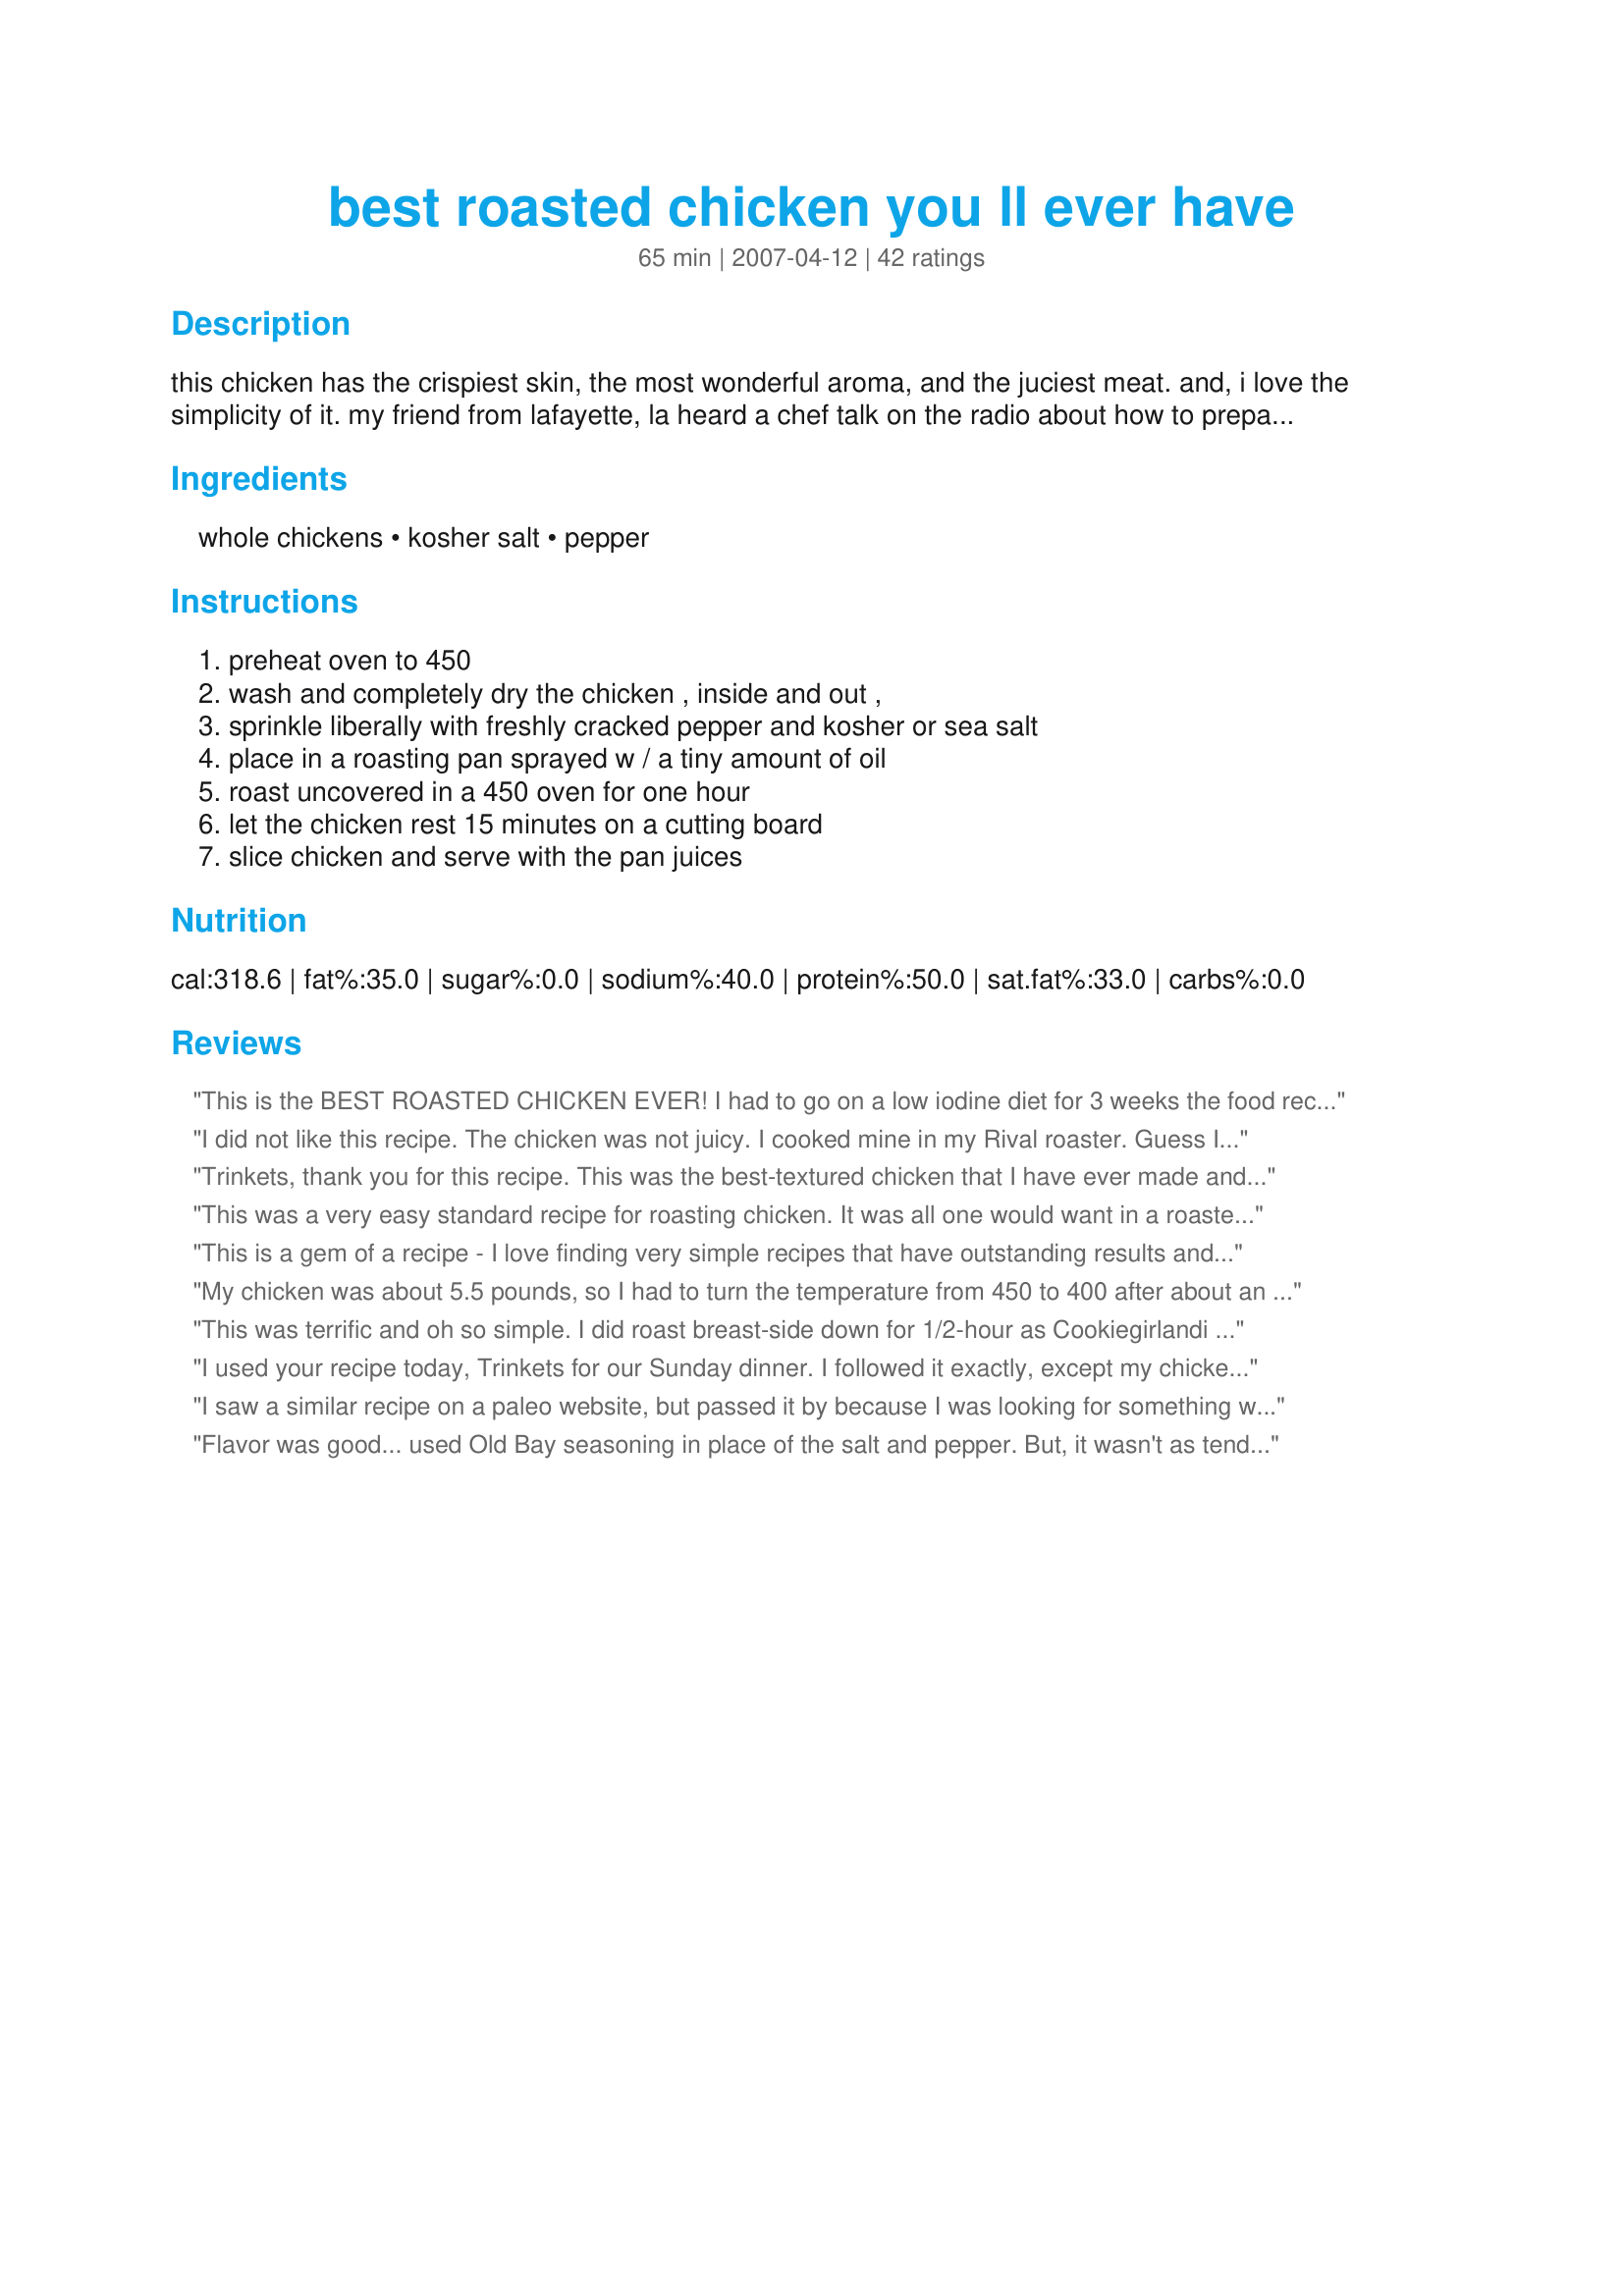
best roasted chicken you ll ever have
Preparation time: 65 minutes

this chicken has the crispiest skin, the most wonderful aroma, and the juciest meat. and, i love the simplicity of it. my friend from lafayette, la heard a chef talk on the radio about how to prepare his favorite roasted chicken and she called me with the directions. we don't know the name of the chef, sorry. but whoever he is, this really is fantastic!

Ingredients:
whole chickens, kosher salt, pepper

Steps:
preheat oven to 450, wash and completely dry the chicken , inside and out ,, sprinkle liberally with freshly cracked pepper and kosher or sea salt, place in a roasting pan sprayed w / a tiny amount of oil, roast uncovered in a 450 oven for one hour, let the chicken rest 15 minutes on a cutting board, slice chicken and serve with the pan juices

Reviews:
This is the BEST ROASTED CHICKEN EVER! I had to go on a low iodine diet for 3 weeks the food recommended had no taste. I found this recipe & it saved my palete. I used the carcass to make chicken stock using recipe # 171834.
Thanks for the lifesaving recipe.
I did not like this recipe. The chicken was not juicy. I cooked mine in my Rival roaster. Guess Im use to cooking my chicken in the crockpot. Glad it turned out for others though.
Trinkets, thank you for this recipe. This was the best-textured chicken that I have ever made and it was very flavorful chicken. I'll be cutting down the amount of salt and pepper, though, maybe to half. Probably was too much because my grocery store only stocks small, young chicken. Anyway, definitely a keeper. Thanks!
This was a very easy standard recipe for roasting chicken. It was all one would want in a roasted chicken (crispy skin, juicy and tender meat and great simple chicken flavor) except for one thing--it was too salty. Now don&#039;t get me wrong--I love my salt--but the amount the recipe calls for is just way too much. I even roasted a chicken twice the size the recipe indicated. I had planned to make a white wine reduction using the drippings but sadly had to discard them. However, my family did enjoy the chicken. Actually, we plan to use the left-overs for chicken pot pie later this week. Thanks for sharing your recipe!
This is a gem of a recipe - I love finding very simple recipes that have outstanding results and this sure is one of them. I used two large chicken breasts rather than a whole chicken. The flavor is wonderful - what a great payoff for so little effort!
My chicken was about 5.5 pounds, so I had to turn the temperature from 450 to 400 after about an hour because the skin started to burn a little bit. But this was the best roasted chicken I've ever made! The skin is crispy and delicious and the meat is so tender and juicy! I'll definitely be making it this way all the time!!
This was terrific and oh so simple. I did roast breast-side down for 1/2-hour as Cookiegirlandi suggested and it was wonderful.
I used your recipe today, Trinkets for our Sunday dinner. I followed it exactly, except my chicken was about twice the weight of the one called for in your recipe. I roasted it for an hour at the 450F temperature; then I turned the oven down to 400F and roasted it for at least another hour. The chicken's skin gave me my clue for when it was ready. As soon as its skin looked crispy and was a deep golden brown, it was done. To roast it, I put it upon a rack inside the loaf cake pan that I always use for making a Yorkshire Pudding. You should have seen all of the fat that came out of that bird and dropped into the bottom of the pan. Imagine how many unnecessary calories I saved by not eating all of that fat. The meat wasn't dry, though. It was nice and juicy--and so yummy! Thanks Trinkets for a delicious recipe. I will be relying upon it from now on. Joje
I saw a similar recipe on a paleo website, but passed it by because I was looking for something with more seasonings that was different from how I usually fix roasted chicken. I thought just salt and pepper couldn't possibly be that flavorful. I came here and this was the first recipe I viewed and figured it was probably meant to be that I try it this way and that if it wasn't very good I'd shred it and do something different with it. I used a small cut up chicken and only half the amount of salt and pepper. This was so good!! I'd have to say it was the best chicken to ever come out of my oven! <br/><br/>The pepper made it a little too spicy for my 7-yr old son. I just peeled the skin off and he gobbled it up! Great recipe and from now on will be THE way I cook my chicken!!
Flavor was good... used Old Bay seasoning in place of the salt and pepper. But, it wasn't as tender and juicy as I had expected. Also, it makes your house incredibly smokey! Our smoke alarm went off every two minutes for the entire cooking time. Probably won't make this again, just for the smoke factor... we live in a duplex, and the smoke alarm is disruptive to our neighbor. All in all, it was good, though.
It was ok, but certainly not the best. The skin was crispy in some places but not everywhere, and it just didn&#039;t have much flavor.
Your recipe lives true to it's name. Hubby wanted roasted chicken tonight for dinner, so being a semi inexperienced cook, I scoured zaar for the simplest I could find. I have attempted to make roasted chicken before but it has never turned out this good! Hubby raved and my stomach feels so full now that it might pop...and we ate 2 hours ago! Hard to believe such a great recipe can come from so few ingredients. Will never make roasted chicken any other way!
Our chicken had a lovely golden, crispy skin, and was tender and delicious on the inside. I sprinkled some poultry seasoning on as well (can't resist), and next time I think I'll try to get some of the seasoning beneath the skin too. It really is yummy, though it did smoke up the oven and kitchen. My eyes were watering, but then so was my mouth...
This was so simple yet really delicious. The full flavor of the chicken really comes through and the skin had a delightful crunch. The meat was super moist. The only critique we have for this recipe is the salt. Next time we make, will cut down by half. Aside from that, it was delicious!
This is so simple and so good. I think high temp/fast is the trick for the crispy skin. The meat is still moist. I added a lemon (rolled and stabbed with a fork), a bay leaf, 2 cloves of garlic and 1/2 onion sliced in the cavity. But I think it would be good without any of that. I also tried it on a bed of carrots. That was good, but veggies were over done. Bottom line: it sounds simple but try as is before you try to adjust it.
We loved it! It crackled in the oven and smelled so good. I had a 4.5 pound chicken and it took a little over an hour. I thought it'd be longer. Thanks for a great recipe!
This is my first review...I created a username just so I could tell you that this is such an amazing recipe. It was easy to follow, with limited ingredients, but everyone was very impressed and it tasted delicious. Thank you!
SOOOOOOOO good. My kids annihilated it so fast. So easy to make. I cooked it breast side down and added a little sage in with salt and fresh cracked pepper.
This was super delicious! I made a few changes. My chicken was about 5 lbs so I added 10 minutes to the cook time and lowered the temp to 400 for the last 10 minutes. I also added 2 garlic cloves to the inside cavity of the chicken. It came out so moist and the flavor was wonderful! My husband is already looking forward to me making this again! :)
Trinkets, This deserves 10stars. I did this last night for my BF and he could not stop eating and raving. I had to come back to this site today and create a page so I could tell you how great this chicken was. Now that I'm here I think I will try and post some recipes. Last night I also made your roasted carrots. We had THE BEST DINNER EVER.
Thanks
Yum! I think next time I will add some garlic or some other wonderful spice that compliments poultry. I baked 2 chickens at once and they were both delicious.
Note: Your oven gets a bit smokey from the grease cooking out of the skin, but I have made this repeatedly, one of my favorites.
came out perfect!
Excellent! Crisp skin, juicy meat - this was too easy, but incredibly delicious! Thank you!
This is (almost) Thomas Keller's recipe; he is the chef at the acclaimed French Laundry restaurant in Yountville, in the California wine country. In the entire recipe, he recommends tossing some thyme into the pan juices and slathering butter and mustard on the meat. Not very diet friendly, but ohmygosh is it good.
I had large pieces of chicken from a very large, farm raised beast. This method of cooking was marvelous! The skin was crispy and meat very moist. I coated the chicken in Avocado Oil because it wasn't all covered with skin. Worked out very well! Thank you
Hi Trinket, I was browsing and came across this recipe you posted. I used this high roasted chicken recipe for years. (I use my rotisserie now) It is the only way to oven roast chicken if you ask me! Only thing I used to do different is I started roasting the chicken breast down for the first half hour, then flip chicken and cook remaining time. I don't remember where I first found this recipe either-it's been so long ago-but once I did it this way, I never went back! I hope everyone tries it this way! :) ~Andi
Very good recipe and so easy! I used a chicken cut-up instead of a whole chicken. I added a little fresh sage also.
This was so simple and sooooooo good! My husband said the meat tasted like fried chicken it was so juicy! What I loved most is that the seasonings were so simple, I can use the leftovers in other dishes and the flavors won't compete... This will be my go to roast chicken recipe from now on!!
This deserves so much more then 5 stars. The chicken was incredibly moist and so flavourful. Who knew you could accomplish such taste with just salt and pepper. This is the only way I'll roast chicken from now on. Thanks Trinkets for sharing your recipe.
This was yummy. Perfect recipe with great results without hassle.
Small fryers (2-3 lbs.) were really cheap this week, so I bought & roasted 2 of them, so I could give one to my dd who is a working mom of 4. They turned out very tasty & they were so easy to prepare. I made spatzle to serve with the chicken. Yummm
This was fabulous! The chicken was very juicy and full of flavor. It looked like a lot of salt when I was sprinkling it on, but the end result was the perfect amount of saltiness. I cooked a 6 pound chicken, and it only took little over an hour. This was quick, easy and delicious. Thank you Trinkets!
Delicious!! I had a 4 lb bird that took about 1 1/4 hours to cook. I didn't use the whole tablespoon of salt and pepper because I thought it might be to much for my kids. The kids thought I was burning the house down because of the smoke. That's ok. The next time they see it they'll know what's for dinner.
My DH, a meat and potatoes man, went gaga over this chicken. Followed the recipe to a tee and it was great. He will not want me to make roast chicken any other way from now on. Thanks Trinkets
Awesome! The meat was tender and juicy and it was really really really good! I used 1/2 tbs of salt & pepper, some garlic powder & thyme. Also added chopped garlic to the pan juices as soon as they formed some. AMAZING! Thanks this is def a keeper :)
This technique is now our favorite. Thanks for sharing!! Chicken came out so crunchy and delicious!!
Thanks for the pointers, I would have never thought about drying off my chicken. I for some strange reason always thought the water was good for it! My families Roasted Chicken Dinner was Amazing!
this was really good... I am not into whole chickens so I bought a pkg of split breasts so as to have the skin...Being a new convert to cast iron, I chose to prepare the meal in my wok- in the oven.. I used a turkey baster to siphon off the juice that accumulated in the bottom because I thought that the crispiness of the skin would happen breast side down.. But- I discovered that it actually happens when exposed to the oven.. Thus- I took the previous directions and started breast side down, turned them over after about 40 minutes and continued baking for another half hour or so.. Made gravy with the juice, seaonings, saki etc. Very yum.. and moist!
Wow!! This chicken is the BEST!! Will for sure be using this recipe from now on. Thank you for the recipe!
Easy, cheap, good result, next time I would use some herbs, etc for extra taste, whatever I have on hand.
The latest information is not to wash the chicken (inside or out), as that just spreads the germs. They'll get killed while cooking.
Trinkets you were my first choice for my Fall PAC tag and today I completed 3 of your recipes. Whick I and my family truely enjoyed them all :) The eastiest of Roasted chicken that I make is one of my own recipes that only consist of paprika, butter, salt and pepper and I love doing it cuz its easy. But you now have topped my easy recipe. This is the easiest and great tasting roasting chicken recipe that I have ever done in my entire life! The chicken had such a nice golden color, the skin was nice and crispy and it was juicy and moist. I loved it! It now tops my recipe :D I served it along with your "Recipe #331757" and your "Recipe #323289" for a wonderful family dinner. Thank you so much for all your delicious recipes :) You have been saved to my favorite chef list :)
